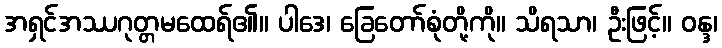
အရှင်အဿဂုတ္တမထေရ်၏။ ပါဒေ၊ ခြေတော်စုံတို့ကို။ သိရသာ၊ ဦးဖြင့်။ ဝန္ဒ၊